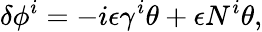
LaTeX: \delta\phi^{i}=-i\epsilon\gamma^{i}\theta+\epsilon N^{i}\theta,